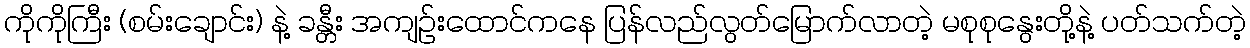
ကိုကိုကြီး (စမ်းချောင်း) နဲ့ ခန္တီး အကျဉ်းထောင်ကနေ ပြန်လည်လွတ်မြောက်လာတဲ့ မစုစုနွေးတို့နဲ့ ပတ်သက်တဲ့